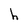
Character: h